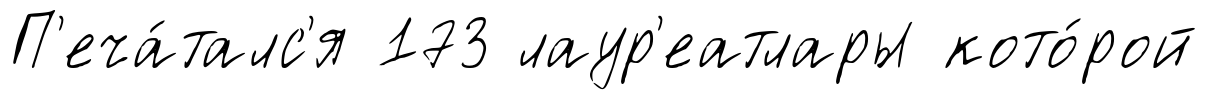
П'еча́талс'я 173 лаур'еатлары кото́рой